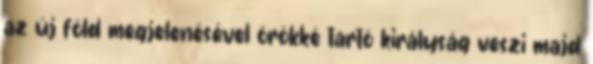
az új föld megjelenésével örökké tartó királyság veszi majd